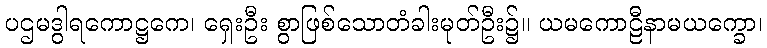
ပဌမဒွါရကောဋ္ဌကေ၊ ရှေးဦး စွာဖြစ်သောတံခါးမုတ်ဦး၌။ ယမကောဠီနာမယက္ခော၊